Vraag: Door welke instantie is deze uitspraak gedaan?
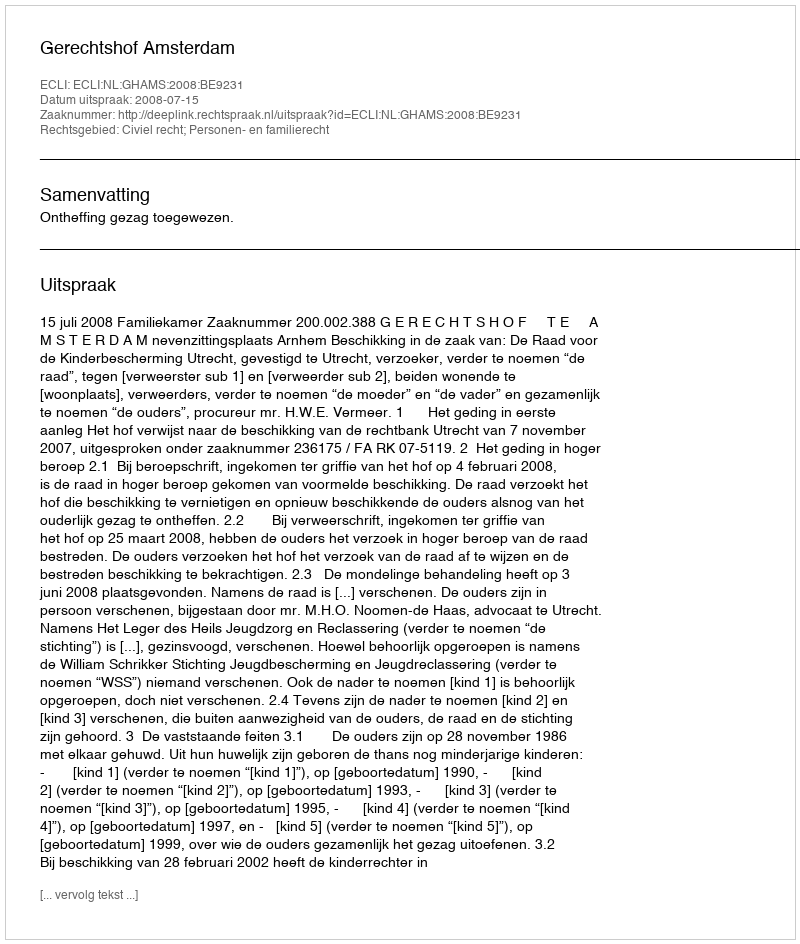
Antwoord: Gerechtshof Amsterdam